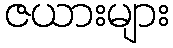
ဇယားများ